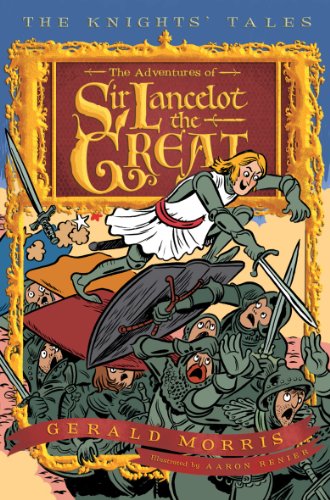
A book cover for The Adventures of Sir Lancelot the Great (The KnightsEE Tales Series); Gerald Morris; Children's Books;